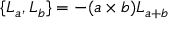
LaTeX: \{ L _ { a } , L _ { b } \} = - ( a \times b ) L _ { a + b }